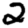
Digit: 2